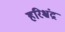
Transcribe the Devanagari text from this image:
हरिश्चंद्र